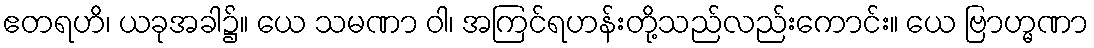
ဧတရဟိ၊ ယခုအခါ၌။ ယေ သမဏာ ဝါ၊ အကြင်ရဟန်းတို့သည်လည်းကောင်း။ ယေ ဗြာဟ္မဏာ